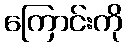
ကြောင်းကို